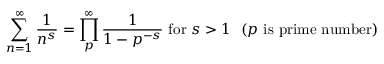
\sum _ { n = 1 } ^ { \infty } { \frac { 1 } { n ^ { s } } } = \prod _ { p } ^ { \infty } { \frac { 1 } { 1 - p ^ { - s } } } { \mathrm { ~ f o r ~ } } s > 1 \, \, \ ( p { \mathrm { ~ i s ~ p r i m e ~ n u m b e r ) } }